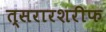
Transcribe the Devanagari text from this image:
त्सरारशरीफ